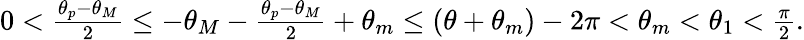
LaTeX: \begin{array}{r}{0<\frac{\theta_{p}-\theta_{M}}{2}\le-\theta_{M}-\frac{\theta_{p}-\theta_{M}}{2}+\theta_{m}\le(\theta+\theta_{m})-2\pi<\theta_{m}<\theta_{1}<\frac{\pi}{2}.}\end{array}